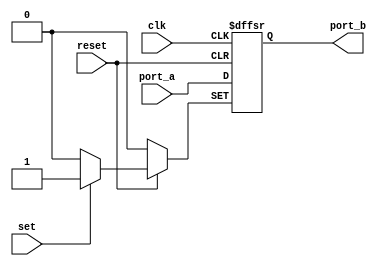
module FLP_NR_ASRT (clk,port_a,reset,set,port_b);
   input clk;
   input reset,set;
   input port_a;
   output port_b;
   reg port_b;
   always @ (posedge clk or negedge reset or posedge set)
   begin
      if(!reset)
      port_b <= 1'b0;
      else if(set)
      port_b <= 1'b1;
      else
      port_b <= port_a;
   end
endmodule